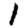
Digit: 1